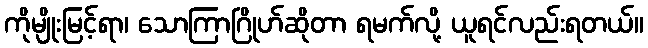
ကိုမျိုးမြင့်ရာ၊ သောကြာဂြိုဟ်ဆိုတာ ရမက်လို့ ယူရင်လည်းရတယ်။